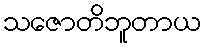
သဇောတိဘူတာယ